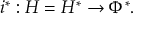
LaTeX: i ^ { * } : H = H ^ { * } \to \Phi ^ { * } .